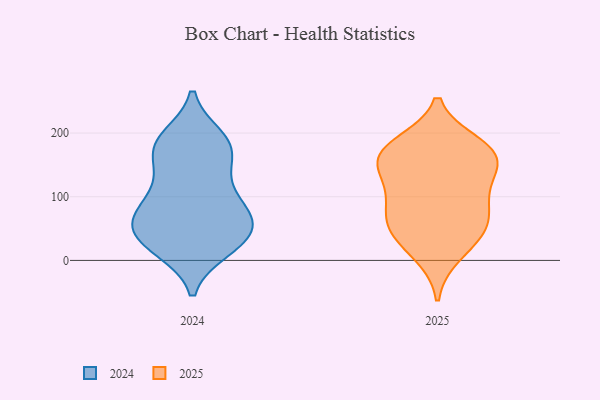
{"axis": {"x": "Net Income (USD K)", "y": "Value"}, "legend": ["2024", "2025"], "data": [{"x": "", "y": 27, "type": "2024"}, {"x": "", "y": 183, "type": "2024"}, {"x": "", "y": 25, "type": "2024"}, {"x": "", "y": 58, "type": "2024"}, {"x": "", "y": 192, "type": "2024"}, {"x": "", "y": 18, "type": "2024"}, {"x": "", "y": 74, "type": "2024"}, {"x": "", "y": 111, "type": "2024"}, {"x": "", "y": 53, "type": "2024"}, {"x": "", "y": 175, "type": "2024"}, {"x": "", "y": 78, "type": "2024"}, {"x": "", "y": 71, "type": "2024"}, {"x": "", "y": 78, "type": "2024"}, {"x": "", "y": 145, "type": "2024"}, {"x": "", "y": 124, "type": "2024"}, {"x": "", "y": 181, "type": "2024"}, {"x": "", "y": 181, "type": "2024"}, {"x": "", "y": 26, "type": "2024"}, {"x": "", "y": 42, "type": "2024"}, {"x": "", "y": 56, "type": "2025"}, {"x": "", "y": 167, "type": "2025"}, {"x": "", "y": 157, "type": "2025"}, {"x": "", "y": 167, "type": "2025"}, {"x": "", "y": 63, "type": "2025"}, {"x": "", "y": 146, "type": "2025"}, {"x": "", "y": 33, "type": "2025"}, {"x": "", "y": 54, "type": "2025"}, {"x": "", "y": 182, "type": "2025"}, {"x": "", "y": 174, "type": "2025"}, {"x": "", "y": 123, "type": "2025"}, {"x": "", "y": 90, "type": "2025"}, {"x": "", "y": 101, "type": "2025"}, {"x": "", "y": 10, "type": "2025"}]}